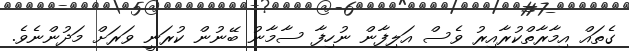
ގެތައް އިމާރާތްކުރާއިރު ވެސް އަލިފާން ނުހިފާ ސާމާނު ބޭނުން ކުރަނީ ވަރަށް މަދުންނެވެ.